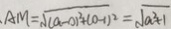
. A M = \sqrt { ( a - 0 ) ^ { 2 } + ( 0 - 1 ) ^ { 2 } } = \sqrt { a ^ { 2 } + 1 }